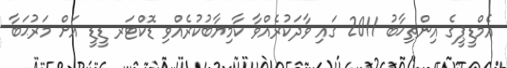
އެމްޑީޕީގެ އިންތިޚާބު 2011 ގައި ވާދަކުރެއްވާ ކާމިޔާބުކުރެއްވި ޑޮކްޓަރ ޑީޑީ އަށް މަރުޙަބާ